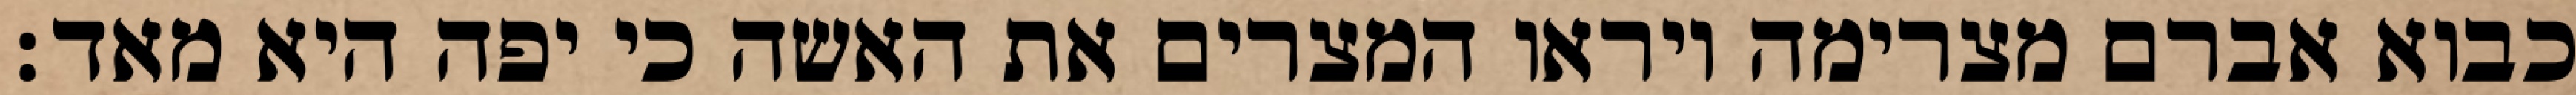
כבוא אברם מצרימה ויראו המצרים את האשה כי יפה היא מאד׃